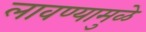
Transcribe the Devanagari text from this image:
लावण्यामुळे